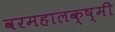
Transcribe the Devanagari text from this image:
वरमहालक्ष्मी